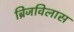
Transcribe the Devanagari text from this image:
ब्रिजविलास